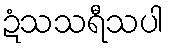
ဍံသသရီသပါ